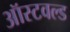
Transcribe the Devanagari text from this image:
ऑस्टवल्ड